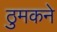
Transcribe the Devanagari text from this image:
ठुमकने